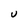
Character: U